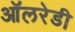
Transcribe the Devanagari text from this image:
ऑलरेडी